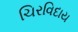
ચિરવિદાય